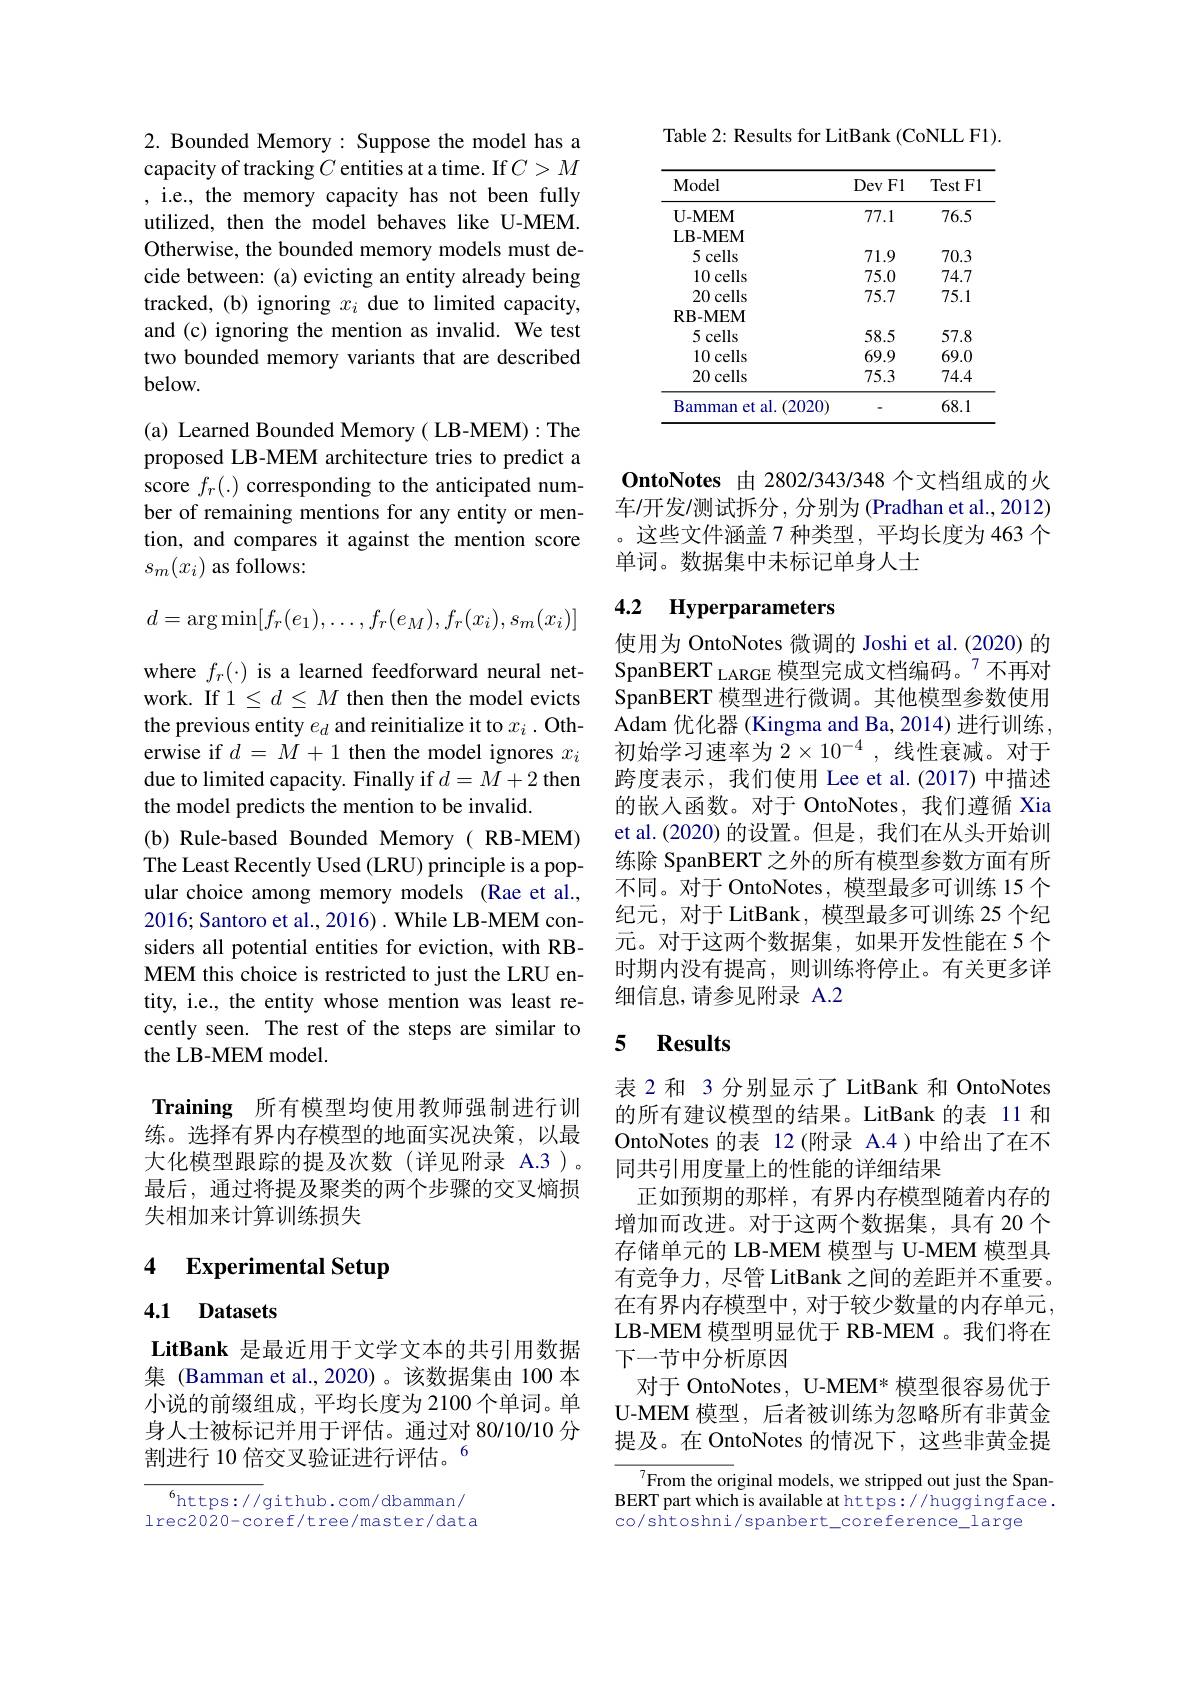
2. Bounded Memory: Suppose the model has a capacity of tracking $C$ entities at a time. If $C>M$ ,i.e., the memory capacity has not been fully utilized, then the model behaves like U-MEM. Otherwise, the bounded memory models must decide between: (a) evicting an entity already being tracked, (b) ignoring $x_i$ due to limited capacity, and (c) ignoring the mention as invalid. We test two bounded memory variants that are described below.

(a) Learned Bounded Memory( LB-MEM):The proposed LB-MEM architecture tries to predict a score $f_r(.)$ corresponding to the anticipated number of remaining mentions for any entity or mention, and compares it against the mention score $s_m(x_i)$ as follows:
$$d=\arg\min[f_r(e_1),\ldots,f_r(e_M),f_r(x_i),s_m(x_i)]$$
where $f_r(\cdot)$ is a learned feedforward neural network. If $1\leq d\leq M$ then then the model evicts the previous entity $e_d$ and reinitialize it to $x_i.$ Otherwise if $d=M+1$ then the model ignores $x_i$ due to limited capacity. Finally if $d=M+2$ then the model predicts the mention to be invalid.
(b) Rule-based Bounded Memory( RB-MEM) The Least Recently Used (LRU) principle is a popular choice among memory models (Rae et al., 2016; Santoro et al., 2016). While LB-MEM considers all potential entities for eviction, with RBMEM this choice is restricted to just the LRU entity, i.e., the entity whose mention was least recently seen. The rest of the steps are similar to the LB-MEM model.

Training 所有模型均使用教师强制进行训练。选择有界内存模型的地面实况决策，以最大化模型跟踪的提及次数(详见附录 A.3)。最后，通过将提及聚类的两个步骤的交叉熵损失相加来计算训练损失

# 4 Experimental Setup

# 4.1 Datasets

LitBank 是最近用于文学文本的共引用数据集 (Bamman et al.,2020)。该数据集由 100 本小说的前缀组成，平均长度为 2100个单词。单身人士被标记并用于评估。通过对 80/10/10 分割进行 10 倍交叉验证进行评估。$^{6}$

${^{6}\mathrm{https://github.com/dbamman/}}$ lrec2020-coref/tree/master/data

Table 2: Results for LitBank (CoNLL F1).

<table>
	<tbody>
		<tr>
			<th>Model</th>
			<th>Dev F1</th>
			<th>$\operatorname{Test}\operatorname{F1}$</th>
		</tr>
		<tr>
			<td>$\mathbf{U-MEM}$</td>
			<td>77.1</td>
			<td>76.5</td>
		</tr>
		<tr>
			<td>$5cells$</td>
			<td>71.9</td>
			<td>70.3</td>
		</tr>
		<tr>
			<td>10 cells</td>
			<td>75.0</td>
			<td>74.7</td>
		</tr>
		<tr>
			<td>20 cells</td>
			<td>75.7</td>
			<td>75.1</td>
		</tr>
		<tr>
			<td>$\mathbf{RB-MEM}$</td>
			<td> </td>
			<td> </td>
		</tr>
		<tr>
			<td>$5cells$</td>
			<td>58.5</td>
			<td>57.8</td>
		</tr>
		<tr>
			<td>10 cells</td>
			<td>69.9</td>
			<td>69.0</td>
		</tr>
		<tr>
			<td>20 cells</td>
			<td>75.3</td>
			<td>74.4</td>
		</tr>
		<tr>
			<td>Bamman et al. (2020 1</td>
			<td> </td>
			<td>68.1</td>
		</tr>
	</tbody>
</table>

OntoNotes 由 2802/343/348 个文档组成的火车/开发/测试拆分，分别为(Pradhan et al.,2012) 。这些文件涵盖 7 种类型，平均长度为 463 个单词。数据集中未标记单身人士

# 4.2 Hyperparameters

使用为 OntoNotes 微调的 Joshi et al.(2020) 的SpanBERT LARGE 模型完成文档编码。$^{7}$不再对SpanBERT 模型进行微调。其他模型参数使用Adam 优化器 (Kingma and Ba, 2014) 进行训练初始学习速率为$2\times10^{-4}$ ,线性衰减。对于跨度表示，我们使用 Lee et al.(2017) 中描述的嵌入函数。对于 OntoNotes,我们遵循 Xia et al.(2020) 的设置。但是，我们在从头开始训练除 SpanBERT 之外的所有模型参数方面有所不同。对于 OntoNotes, 模型最多可训练 15 个纪元，对于 LitBank, 模型最多可训练 25 个纪元。对于这两个数据集，如果开发性能在 5 个时期内没有提高，则训练将停止。有关更多详细信息，请参见附录 A.2

## 5 $\textbf{Results}$

表 2 和 3 分别显示了 LitBank 和 OntoNotes 的所有建议模型的结果。LitBank 的表 11 和OntoNotes 的表 12(附录 A.4)中给出了在不同共引用度量上的性能的详细结果
正如预期的那样，有界内存模型随着内存的增加而改进。对于这两个数据集，具有 20 个存储单元的 LB-MEM 模型与 U-MEM 模型具有竞争力，尽管 LitBank 之间的差距并不重要。在有界内存模型中，对于较少数量的内存单元， LB-MEM 模型明显优于 RB-MEM 。我们将在下一节中分析原因
对于 OntoNotes, U-MEM* 模型很容易优于U-MEM 模型，后者被训练为忽略所有非黄金提及。在 OntoNotes 的情况下，这些非黄金提

$^{7}$From the original models, we stripped out just the SpanBERT part which is available at https://huggingface. co/shtoshni/spanbert\_coreference\_large